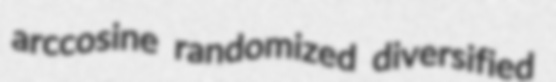
arccosine randomized diversified